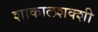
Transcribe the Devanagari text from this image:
शाकालशक्शी